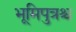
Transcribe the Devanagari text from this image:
भूमिपुत्रश्च